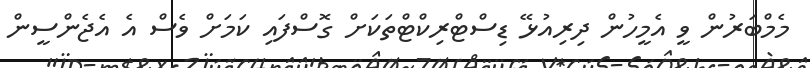
މެމްބަރުން ވީ އެމީހުން ދިރިއުޅޭ ޑިސްޓްރިކްޓްތަކަށް ގޮސްފައި ކަމަށް ވެސް އެ އެޖެންސީން